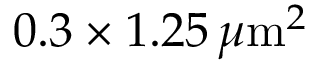
0 . 3 \times 1 . 2 5 \, \mu \mathrm { m } ^ { 2 }